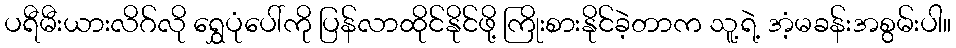
ပရီမီးယားလိဂ်လို ရွှေပုံပေါ်ကို ပြန်လာထိုင်နိုင်ဖို့ ကြိုးစားနိုင်ခဲ့တာက သူ့ရဲ့ အံ့မခန်းအစွမ်းပါ။